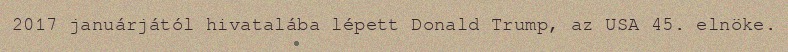
2017 januárjától hivatalába lépett Donald Trump, az USA 45. elnöke.